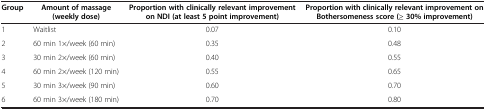
| Group | Amount of massage (weekly dose) | Proportion with clinically relevant improvement on NDI (at least 5 point improvement) | Proportion with clinically relevant improvement on Bothersomeness score (≥ 30% improvement) |
 | --- | --- | --- | --- |
 | 1 | Waitlist | 0.07 | 0.10 |
 | 2 | 60 min 1×/week (60 min) | 0.35 | 0.48 |
 | 3 | 30 min 2×/week (60 min) | 0.40 | 0.55 |
 | 4 | 60 min 2×/week (120 min) | 0.55 | 0.65 |
 | 5 | 30 min 3×/week (90 min) | 0.60 | 0.70 |
 | 6 | 60 min 3×/week (180 min) | 0.70 | 0.80 |